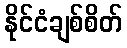
နိုင်ငံချစ်စိတ်